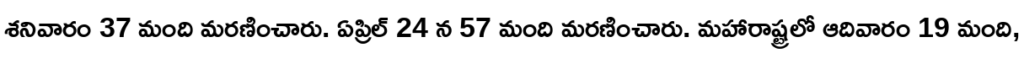
శనివారం 37 మంది మరణించారు. ఏప్రిల్ 24 న 57 మంది మరణించారు. మహారాష్ట్రలో ఆదివారం 19 మంది,